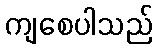
ကျစေပါသည်